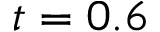
t = 0 . 6